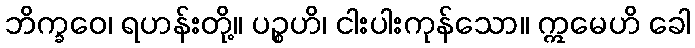
ဘိက္ခဝေ၊ ရဟန်းတို့။ ပဉ္စဟိ၊ ငါးပါးကုန်သော။ ဣမေဟိ ခေါ